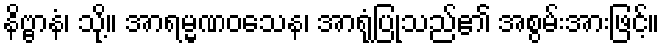
နိဗ္ဗာနံ၊ သို့။ အာရမ္မဏဝသေန၊ အာရုံပြုသည်၏ အစွမ်းအားဖြင့်။